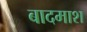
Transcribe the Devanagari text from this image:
बादमाश